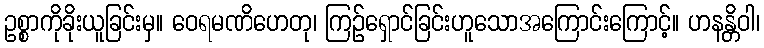
ဥစ္စာကိုခိုးယူခြင်းမှ။ ဝေရမဏိဟေတု၊ ကြဉ်ရှောင်ခြင်းဟူသောအကြောင်းကြောင့်။ ဟနန္တိဝါ၊